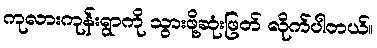
ကုလားကုန်းရွာကို သွားဖို့ဆုံးဖြတ် လိုက်ပါတယ်။